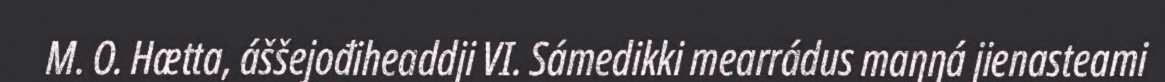
M. O. Hætta, áššejođiheaddji VI. Sámedikki mearrádus maŋŋá jienasteami